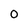
Character: 0